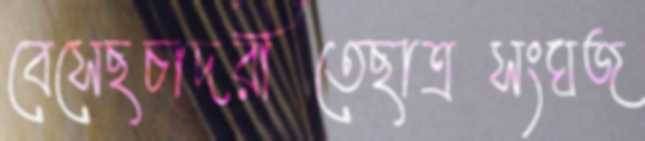
বেসেছচাদরীতেছাত্রসংঘজ